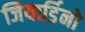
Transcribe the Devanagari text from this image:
जियार्डिनो